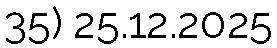
35) 25.12.2025